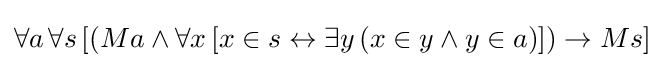
\forall a\,\forall s\,[(Ma\land \forall x\,[x\in s\leftrightarrow \exists y\,(x\in y\land y\in a)])\rightarrow Ms]